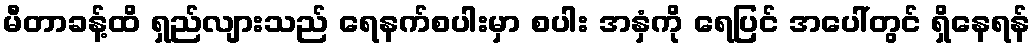
မီတာခန့်ထိ ရှည်လျားသည် ရေနက်စပါးမှာ စပါး အနှံကို ရေပြင် အပေါ်တွင် ရှိနေရန်